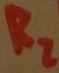
Text: R2